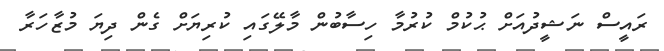
ރައީސް ނަޝީދުއަށް ޙުކުމް ކުރުމާ ހިސާބުން މާލޭގައި ކުރިޔަށް ގެން ދިޔަ މުޒާހަރާ